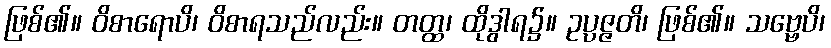
ဖြစ်၏။ ဝိစာရောပိ၊ ဝိစာရသည်လည်း။ တတ္ထ၊ ထိုဒွါရ၌။ ဥပ္ပဇ္ဇတိ၊ ဖြစ်၏။ သဗ္ဗေပိ၊